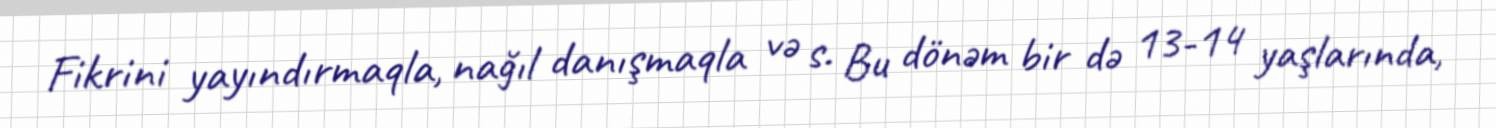
Fikrini yayındırmaqla, nağıl danışmaqla və s. Bu dönəm bir də 13-14 yaşlarında,